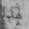
لهذا